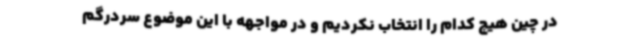
در چین هیچ‌ کدام را انتخاب نکردیم و در مواجهه با این موضوع سردرگم